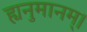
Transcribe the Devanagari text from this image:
ह्यनुमानम्।